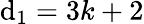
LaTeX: \mathrm{d}_{1}=3k+2